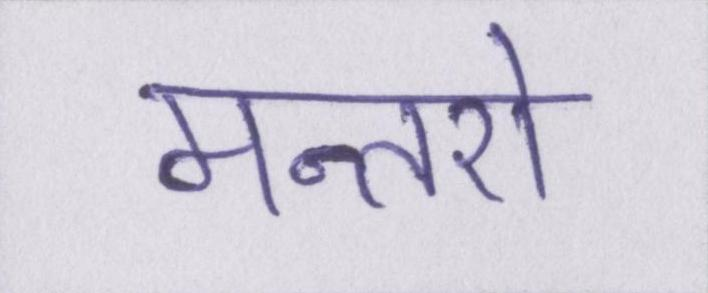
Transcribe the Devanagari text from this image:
मन्तरो